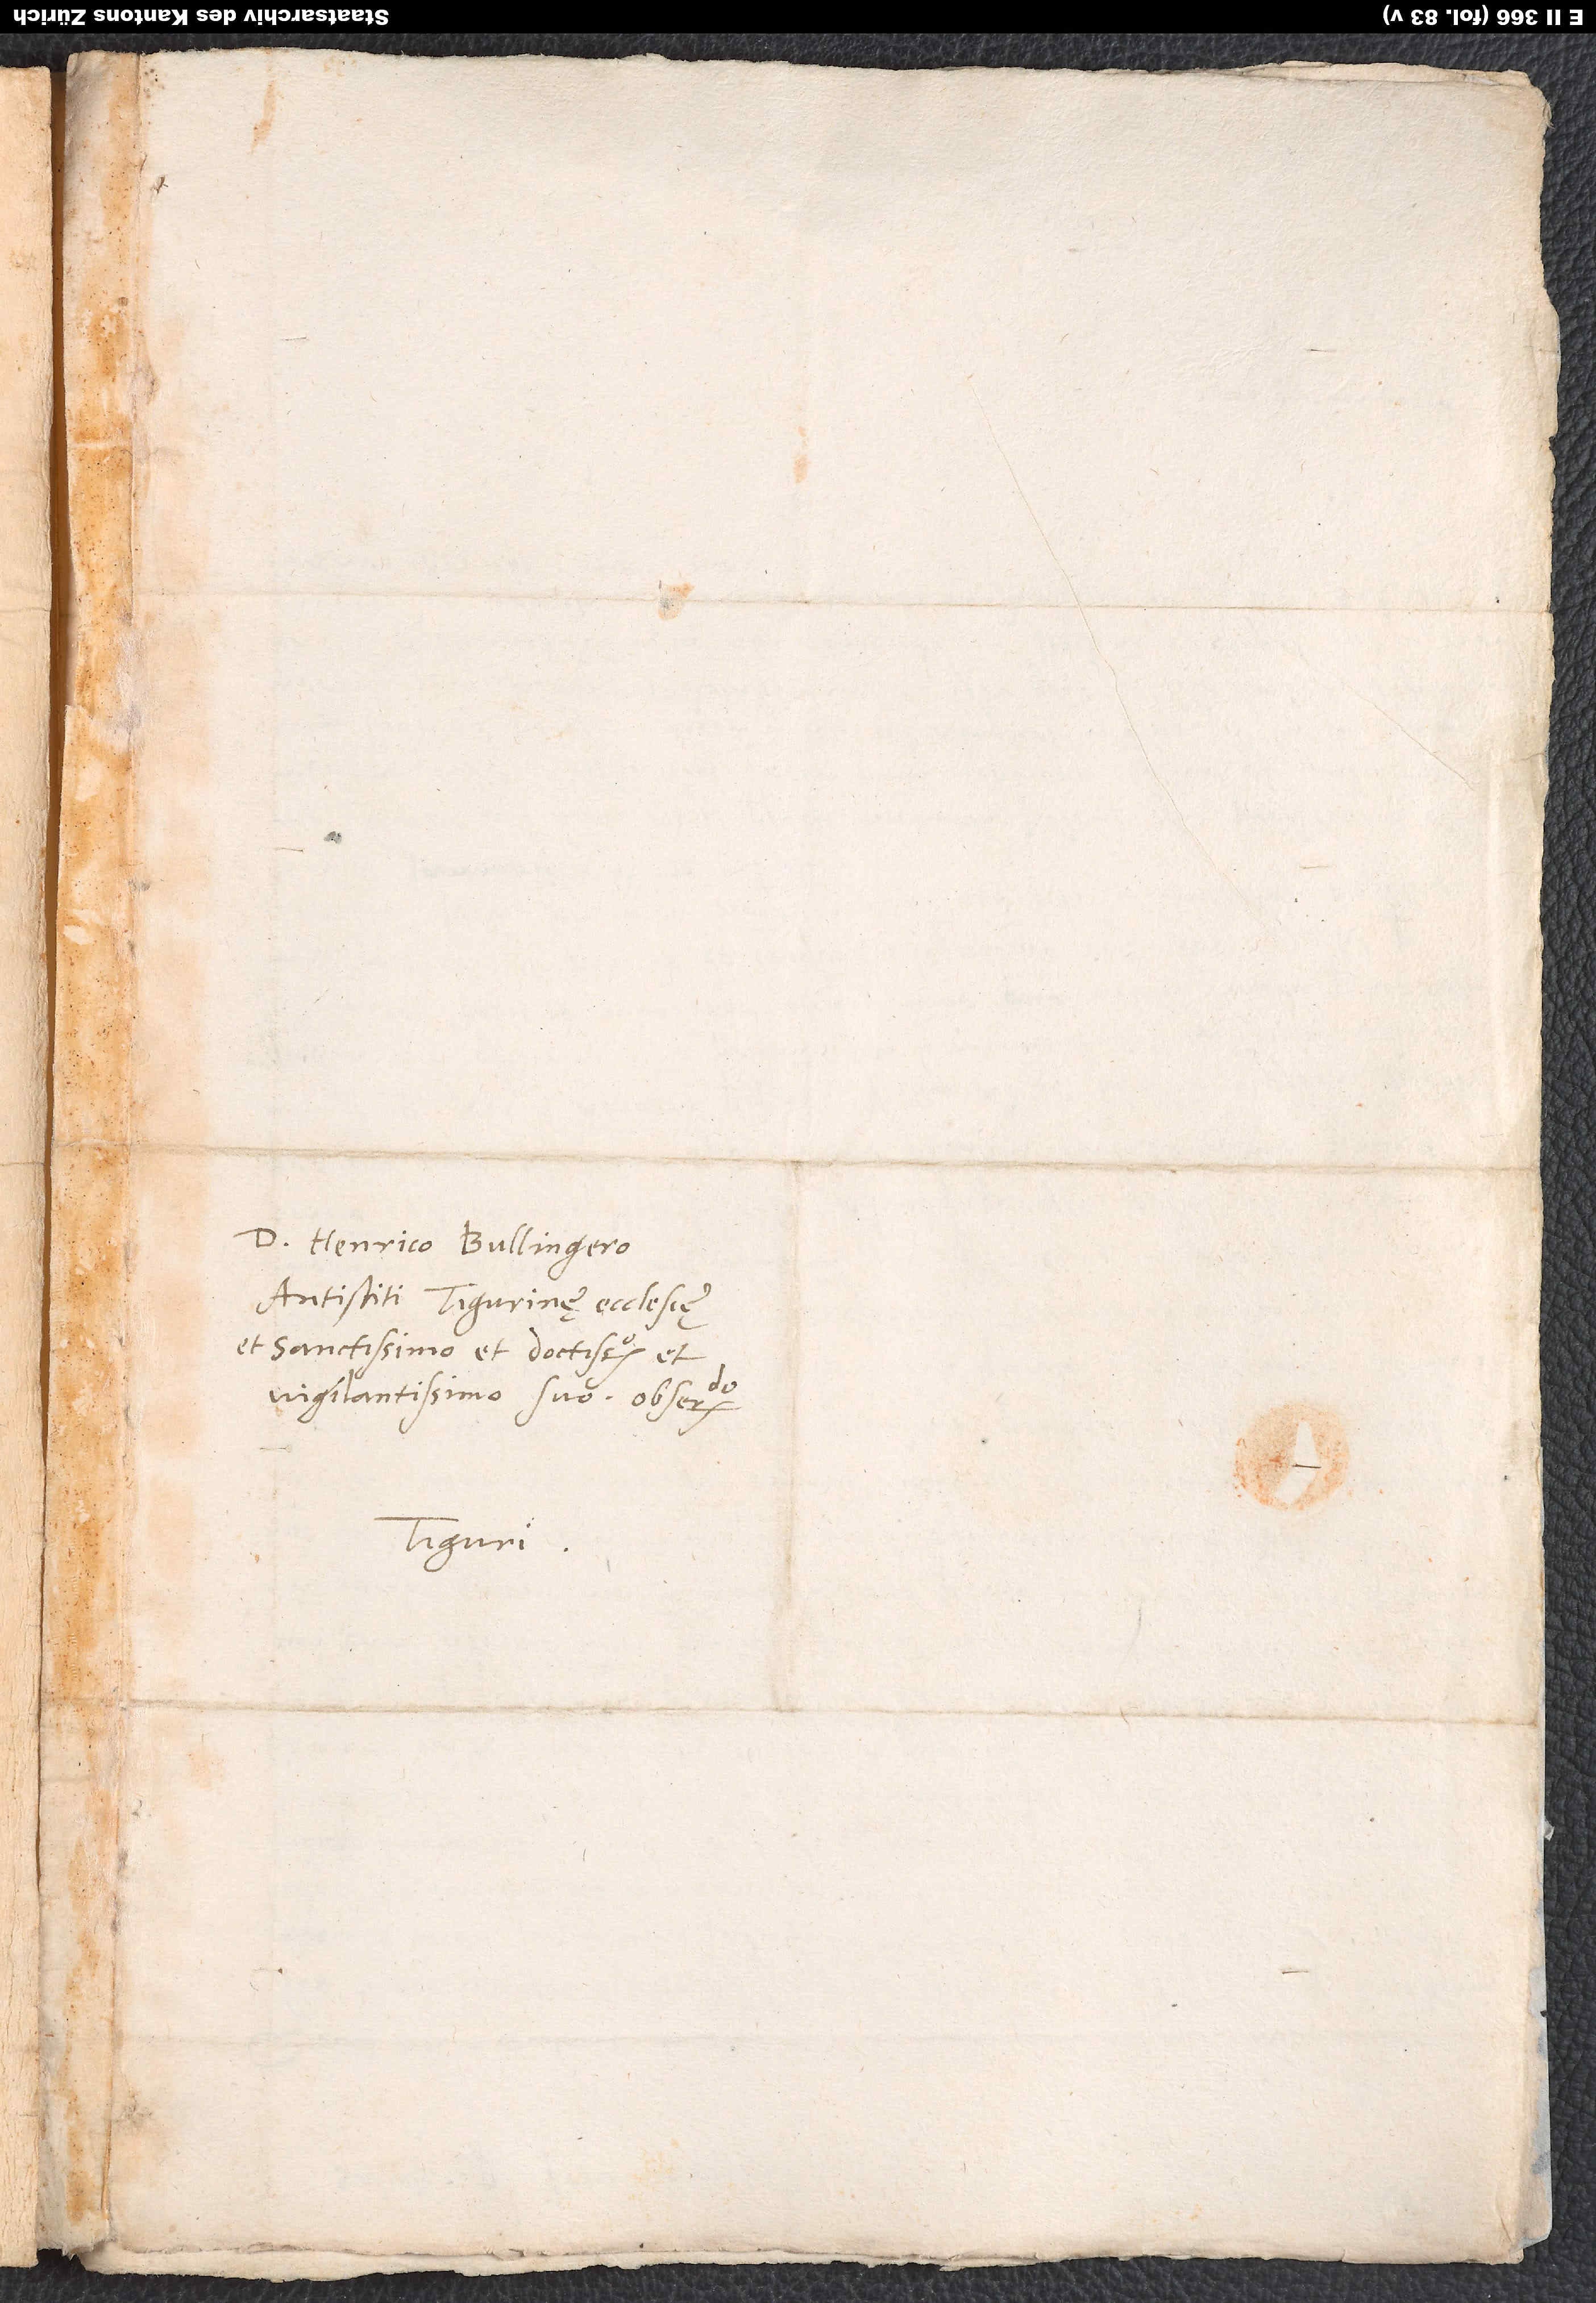
D. Henrico Bullingero,
antistiti Tigurinę ecclesię
et sanctissimo et doctissimo et
vigilantissimo, suo observando.
Tiguri.